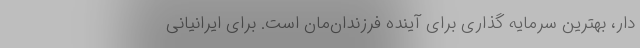
دار، بهترین سرمایه گذاری برای آینده فرزندان‌مان است. برای ایرانیانی